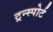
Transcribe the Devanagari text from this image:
ट्रन्स्पोर्ट